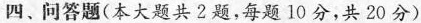
四、问答题(本大题共2题，每题10分，共20分)